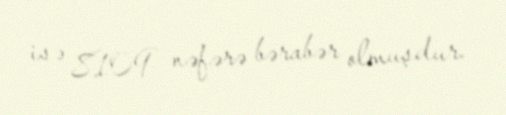
isə 8109 nəfərə bərabər olmuşdur.